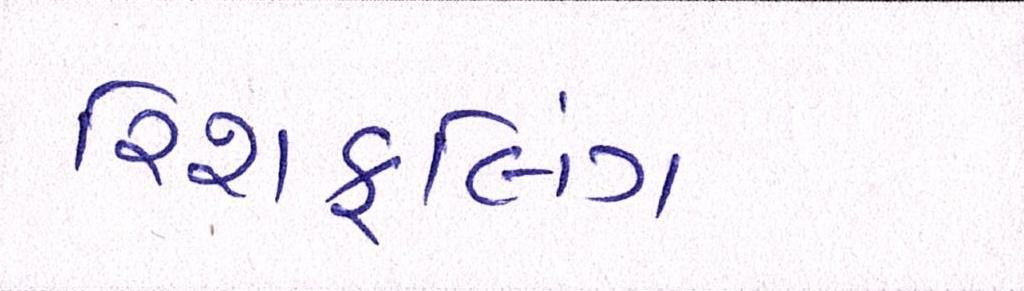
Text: રિશફલિંગ